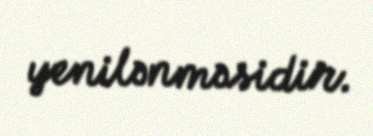
yenilənməsidir.